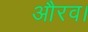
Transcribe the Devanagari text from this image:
औरव।